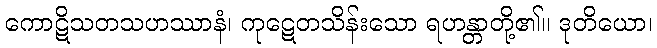
ကောဋိသတသဟဿာနံ၊ ကုဋေတသိန်းသော ရဟန္တာတို့၏။ ဒုတိယော၊